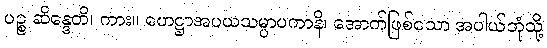
ပဉ္စ ဆိန္ဒေတိ၊ ကား။ ဟေဋ္ဌာအပယသမ္ပာပကာနိ၊ အောက်ဖြစ်သော အပါယ်ဘုံသို့